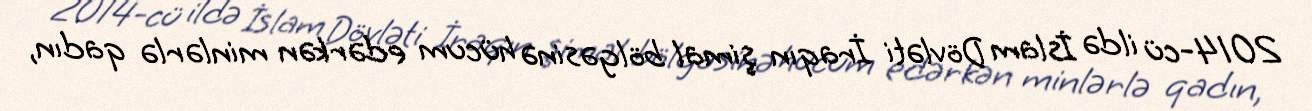
2014-cü ildə İslam Dövləti İraqın şimal bölgəsinə hücum edərkən minlərlə qadın,